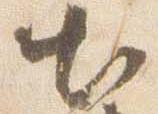
出